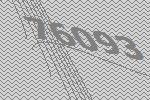
76093